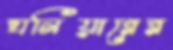
ঘনিয়ারের